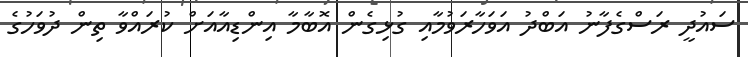
ސައުދީ ރަސްގެފާނު އަބްދު އަވަހާރަވުމާއި ގުޅިގެން އޮބާމާ އިންޑިއާއަށް ކުރައްވާ ތިން ދުވަހުގެ